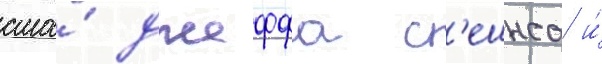
сша́ джеффа с'ешнса и́